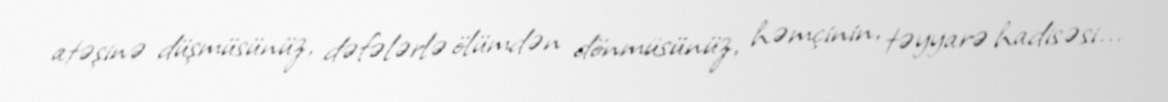
atəşinə düşmüsünüz, dəfələrlə ölümdən dönmüsünüz, həmçinin, təyyarə hadisəsi...